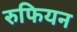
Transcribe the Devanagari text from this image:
रुफियन